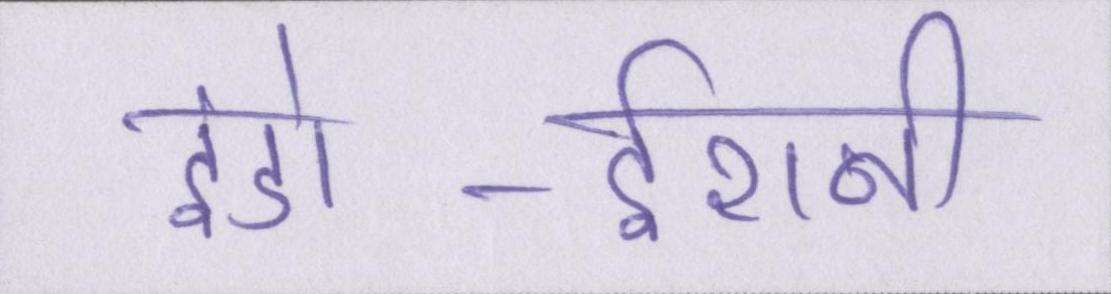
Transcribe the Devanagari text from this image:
इंडो-ईरानी